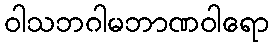
ဝါသဘဂါမဘာဏဝါရော